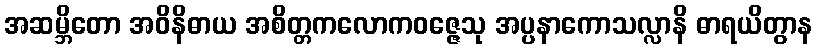
အဆမ္ဘိတော အဝိနိဓာယ အစိတ္တကလောကဝဇ္ဇေသု အပ္ပနာကောသလ္လာနိ ဓာရယိတွာန